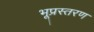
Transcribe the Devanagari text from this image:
भूप्रस्तरण